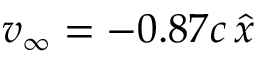
\boldsymbol { v _ { \infty } } = - 0 . 8 7 c \, \boldsymbol { \hat { x } }